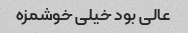
عالی بود خیلی خوشمزه